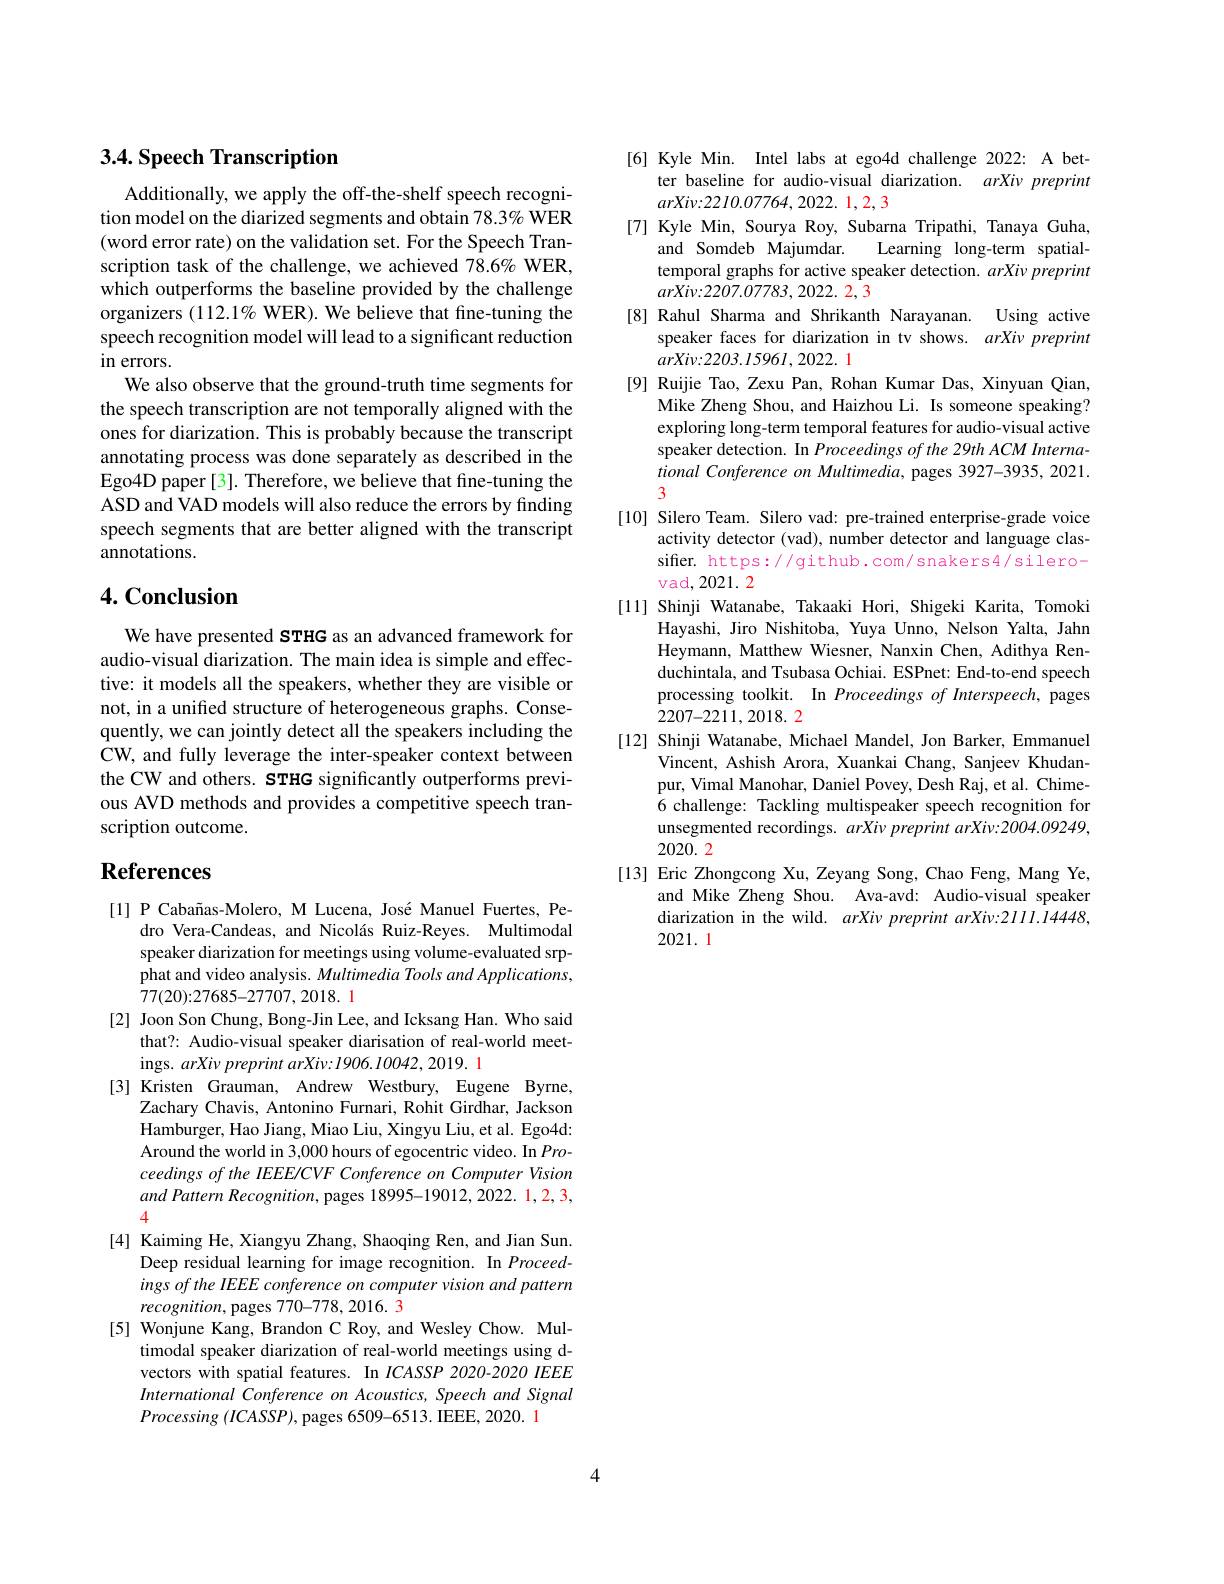
## 3.4. Speech Transcription

Additionally, we apply the off-the-shelf speech recognition model on the diarized segments and obtain 78.3% WER (word error rate) on the validation set. For the Speech Transcription task of the challenge, we achieved 7$\hat{8}.6\%$ WER, which outperforms the baseline provided by the challenge organizers $( 112. 1\%$ WER). We believe that fine- tuning the speech recognition model will lead to a significant reduction $in$ errors.
We also observe that the ground-truth time segments for the speech transcription are not temporally aligned with the ones for diarization. This is probably because the transcript annotating process was done separately as described in the Ego4D paper [3]. Therefore, we believe that fine-tuning the ASD and VAD models will also reduce the errors by finding speech segments that are better aligned with the transcript annotations.

## $4. \textbf{Conclusion}$

We have presented sTHG as an advanced framework for audio-visual diarization. The main idea is simple and effective: it models all the speakers, whether they are visible or not, in a unified structure of heterogeneous graphs. Consequently, we can jointly detect all the speakers including the CW, and fully leverage the inter-speaker context between the CW and others. STHG significantly outperforms previous AVD methods and provides a competitive speech transcription outcome.

# References

[1] P Cabañas-Molero, M Lucena, José Manuel Fuertes, Pe-
dro Vera-Candeas, and Nicolás Ruiz-Reyes. Multimodal speaker diarization for meetings using volume-evaluated srpphat and video analysis. Multimedia Tools and Applications, 77(20):27685-27707,2018. 1
[2] Joon Son Chung, Bong-Jin Lee, and Icksang Han. Who said
that? Audio-visual speaker diarisation of real-world meet-
ings. arXiv preprint arXiv: I906.10042, 2019. 1
[3] Kristen Grauman, Andrew Westbury, Eugene Byrne,
Zachary Chavis, Antonino Furnari, Rohit Girdhar, Jackson Hamburger, Hao Jiang, Miao Liu, Xingyu Liu, et al. Ego4d: Around the world in 3,000 hours of egocentric video. In $Pro-$ ceedings of the IEEE/CVF Conference on Computer Vision and Pattern Recognition, pages 18995-19012,2022. 1,2,3, 4
[4] Kaiming He, Xiangyu Zhang, Shaoqing Ren, and Jian Sun.
Deep residual learning for image recognition. In Proceedings of the IEEE conference on computer vision and pattern $recognition$,pages 770-778, 2016. 3
[5] Wonjune Kang, Brandon C Roy, and Wesley Chow. Mul-
timodal speaker diarization of real-world meetings using dvectors with spatial features. In $ICASSP$ 2020-2020 IEEE International Conference on Acoustics, Speech and Signal $Processing~(ICASSP)$, pages 6509-6513. IEEE, 2020. 1

[6] Kyle Min. Intel labs at ego4d challenge 2022: A bet-
ter baseline for audio-visual diarization. $arXi\nu$ preprint
$arXiv:2210.07764,2022.1,2,3$
[7] Kyle Min, Sourya Roy, Subarna Tripathi, Tanaya Guha,
and Somdeb Majumdar.
Learning long-term spatial-
temporal graphs for active speaker detection. $arXi\nu preprint$
$ar\dot{Xiv}{:}2207.\dot{O}7783,2022.2,3$
[8] Rahul Sharma and Shrikanth Narayanan. Using active
speaker faces for diarization in tv shows. arXiv preprint
$arXiv{:}2203.1596l,2022.1$
[9] Ruijie Tao, Zexu Pan, Rohan Kumar Das, Xinyuan Qian,
Mike Zheng Shou, and Haizhou Li. Is someone speaking? exploring long-term temporal features for audio-visual active speaker detection. In Proceedings of the 29th ACM International Conference on Multimedia, pages 3927-3935, 2021. 3
[10] Silero Team. Silero vad: pre-trained enterprise-grade voice
activity detector (vad), number detector and language classifier. https://github.com/snakers4/silerovad,2021. 2
[11] Shinji Watanabe, Takaaki Hori, Shigeki Karita, Tomoki
Hayashi, Jiro Nishitoba, Yuya Unno, Nelson Yalta, Jahn Heymann, Matthew Wiesner, Nanxin Chen, Adithya Renduchintala, and Tsubasa Ochiai. ESPnet: End-to-end speech processing toolkit. In Proceedings of Interspeech, pages 2207-2211,2018.2
[12] Shinji Watanabe, Michael Mandel, Jon Barker, Emmanuel
Vincent, Ashish Arora, Xuankai Chang, Sanjeev Khudanpur, Vimal Manohar, Daniel Povey, Desh Raj, et al. Chime- 6 challenge: Tackling multispeaker speech recognition for unsegmented recordings. $arXivpreprintarXiv:2004.09249$, 2020.2
[13] Eric Zhongcong Xu, Zeyang Song, Chao Feng, Mang Ye,
and Mike Zheng Shou. Ava-avd: Audio-visual speaker diarization in the wild. arXiv preprint arXiv:2111.14448, 2021.1

4